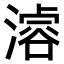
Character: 𣽊